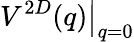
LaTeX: {\left.V^{2D}(q)\right|}_{q=0}